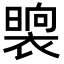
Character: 𭧯